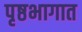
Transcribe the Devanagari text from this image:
पृष्ठभागात